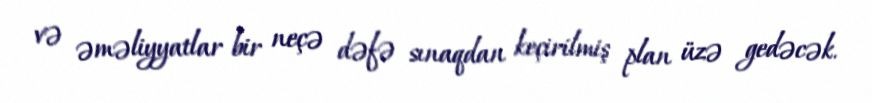
və əməliyyatlar bir neçə dəfə sınaqdan keçirilmiş plan üzə gedəcək.